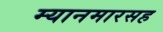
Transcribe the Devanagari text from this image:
म्यानमारसह